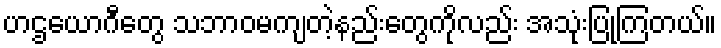
ဟဌယောဂီတွေ သဘာဝမကျတဲ့နည်းတွေကိုလည်း အသုံးပြုကြတယ်။